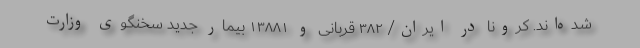
شده‌اند. کرونا در ایران/ ۳۸۲ قربانی و ۱۳۸۸۱ بیمار جدید سخنگوی وزارت